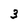
Character: 3